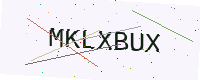
Text: MKLXBUX